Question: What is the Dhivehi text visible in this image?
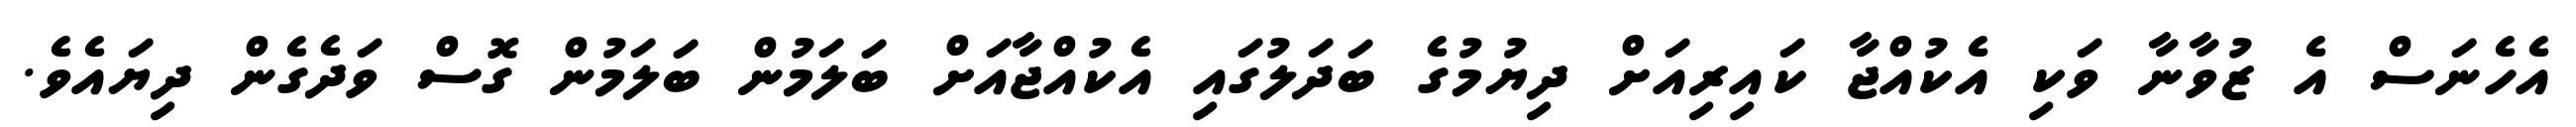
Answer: އެހެނަސް އެ ޒުވާނާ ވަކި އެކުއްޖާ ކައިރިއަށް ދިޔުމުގެ ބަދަލުގައި އެކުއްޖާއަށް ބަލަމުން ބަލަމުން ގޮސް ވަދެގެން ދިޔައެވެ.